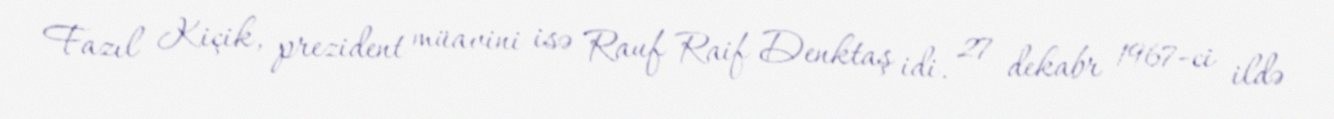
Fazıl Kiçik, prezident müavini isə Rauf Raif Denktaş idi. 27 dekabr 1967-ci ildə